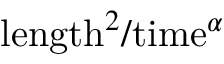
\mathrm { l e n g t h } ^ { 2 } / \mathrm { t i m e } ^ { \alpha }